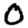
Digit: 0